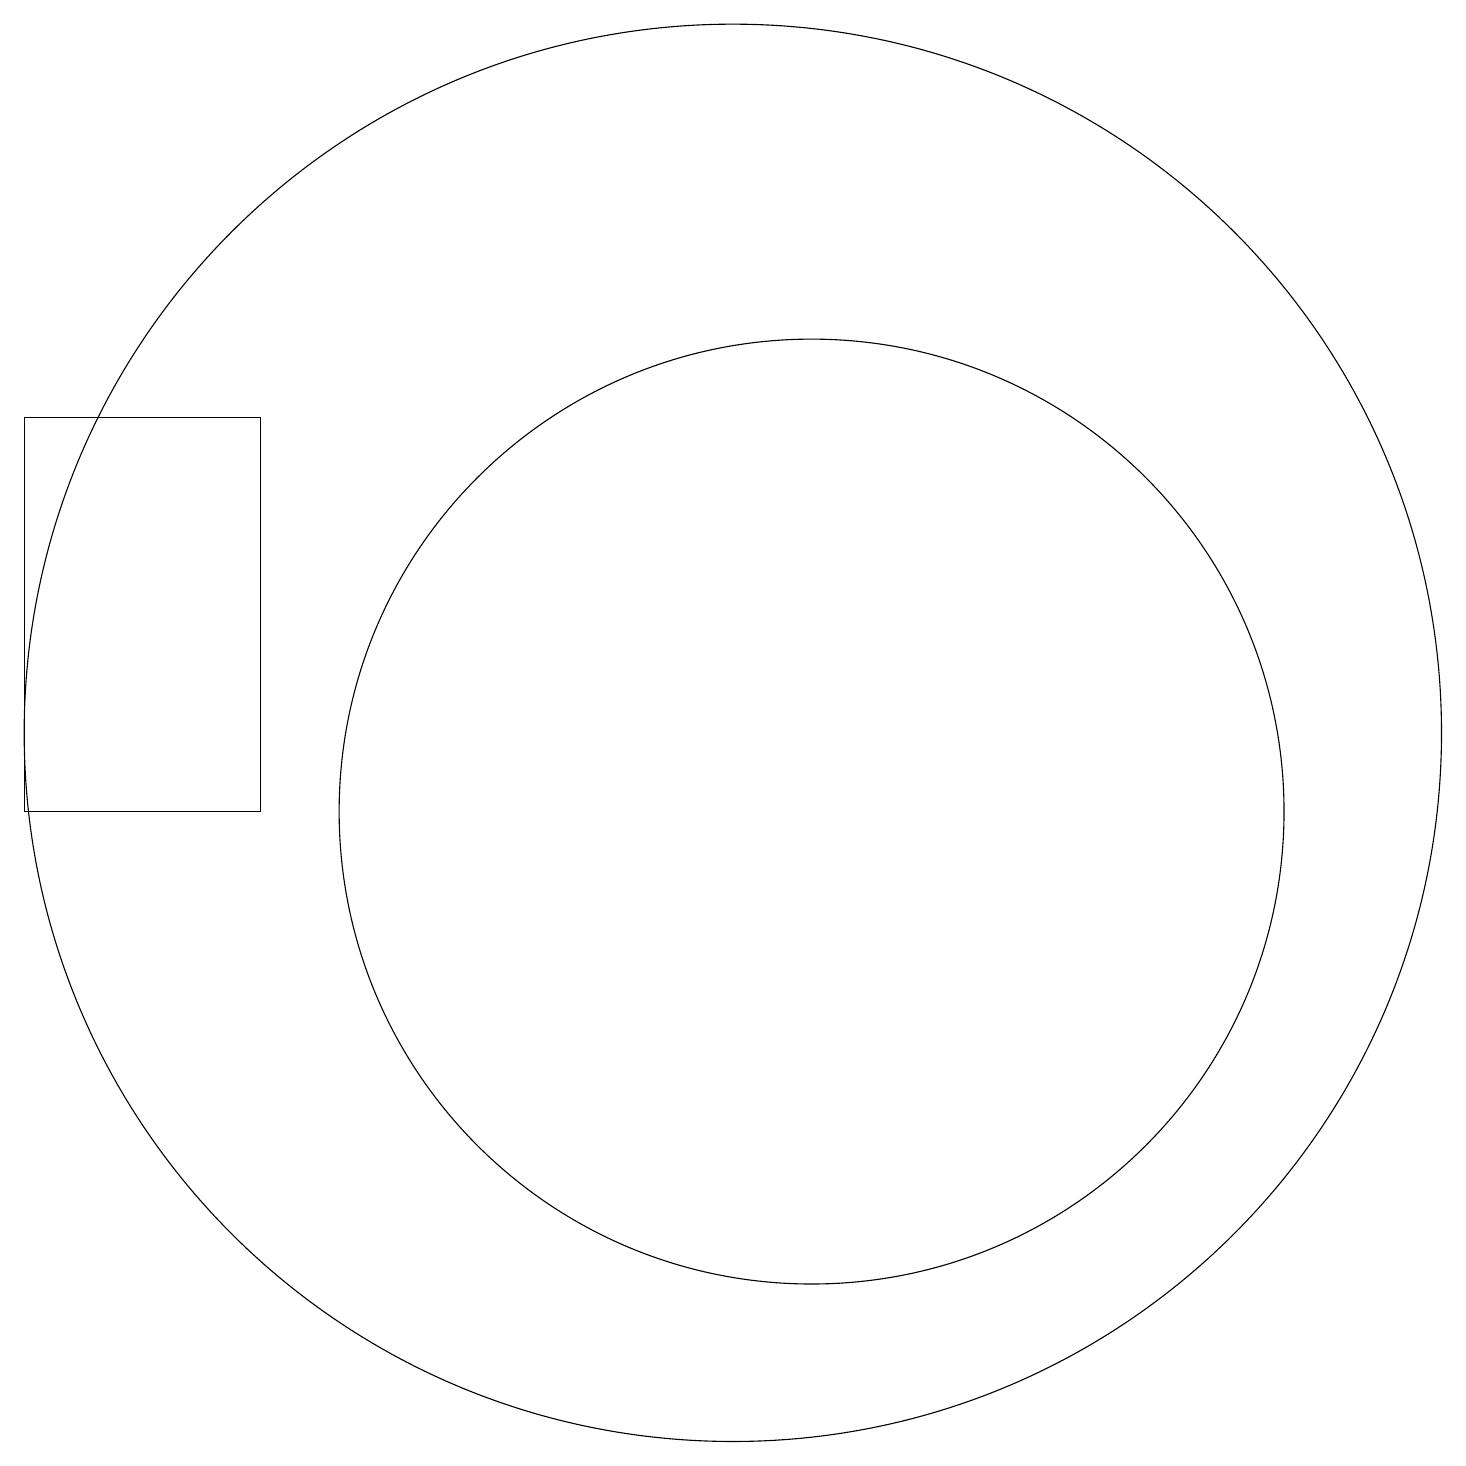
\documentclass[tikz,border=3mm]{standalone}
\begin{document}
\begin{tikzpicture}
\draw (10,11) circle (9);
\draw (11,10) circle (6);
\draw (1,15) rectangle (4,10);
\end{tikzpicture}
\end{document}